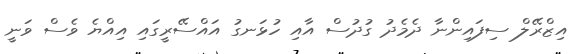
އިޒްރޭލް ސިފައިންނާ ދެމެދު ގުދުސް އާއި ހުޅަނގު އައްސޭރީގައި އިއްޔެ ވެސް ވަނީ